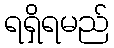
ရရှိရမည်